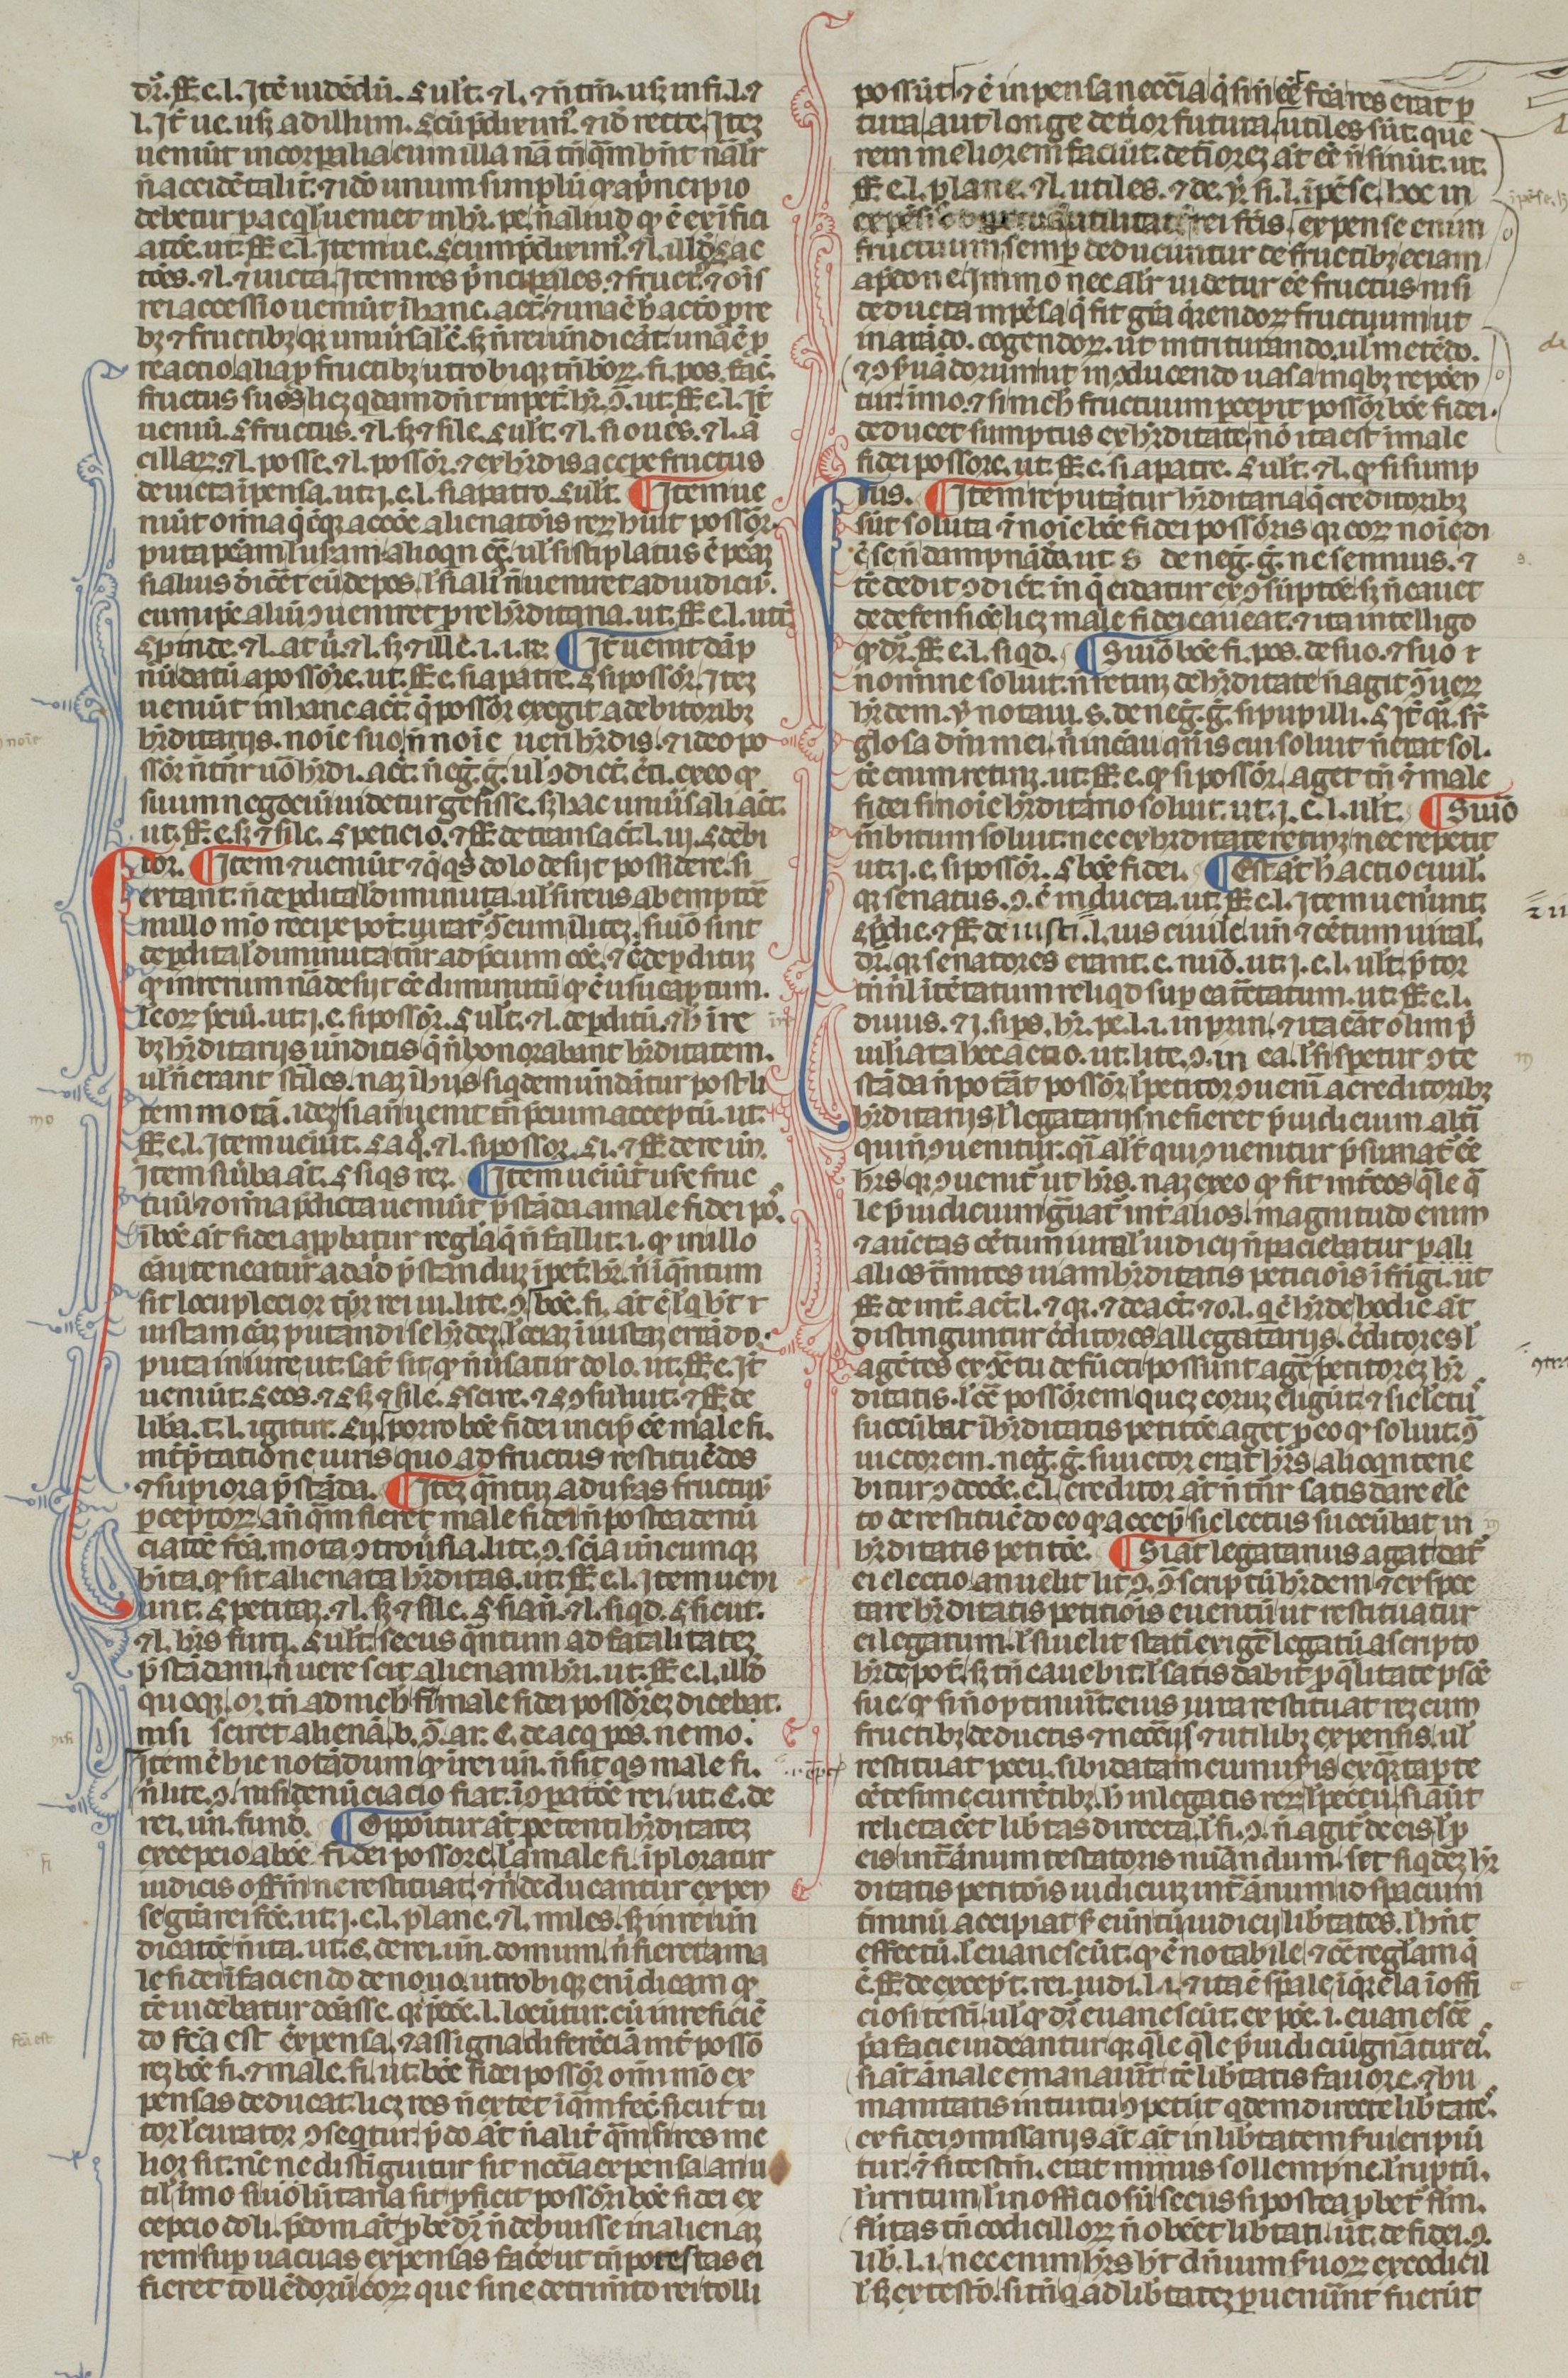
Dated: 1300–1399